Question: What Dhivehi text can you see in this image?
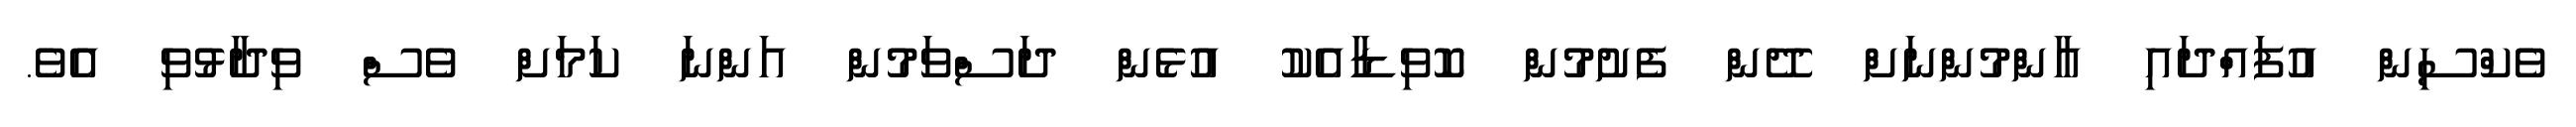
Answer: ވެކްސިން އުފައްދައި އާންމުންނަށް ދޭން ފެށުމުން ކޮވިޑާއެކު އުޅެން ދަސްވަމުން އަންނަ ކަމަށް ވެސް ވިދާޅުވި އެވެ.